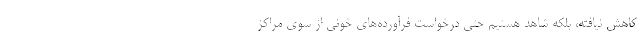
کاهش نیافته، بلکه شاهد هستیم حتی درخواست فرآورده‌های خونی از سوی مراکز